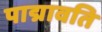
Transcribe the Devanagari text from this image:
पाद्मावति